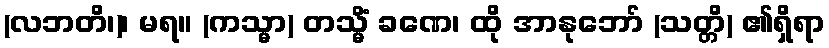
(လဘတိ၊)၊ မရ။ (ကသ္မာ) တသ္မိံ ခဏေ၊ ထို အာနုဘော် (သတ္တိ) ၏ရှိရာ